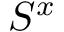
S ^ { x }